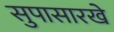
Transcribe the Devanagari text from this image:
सुपासारखे